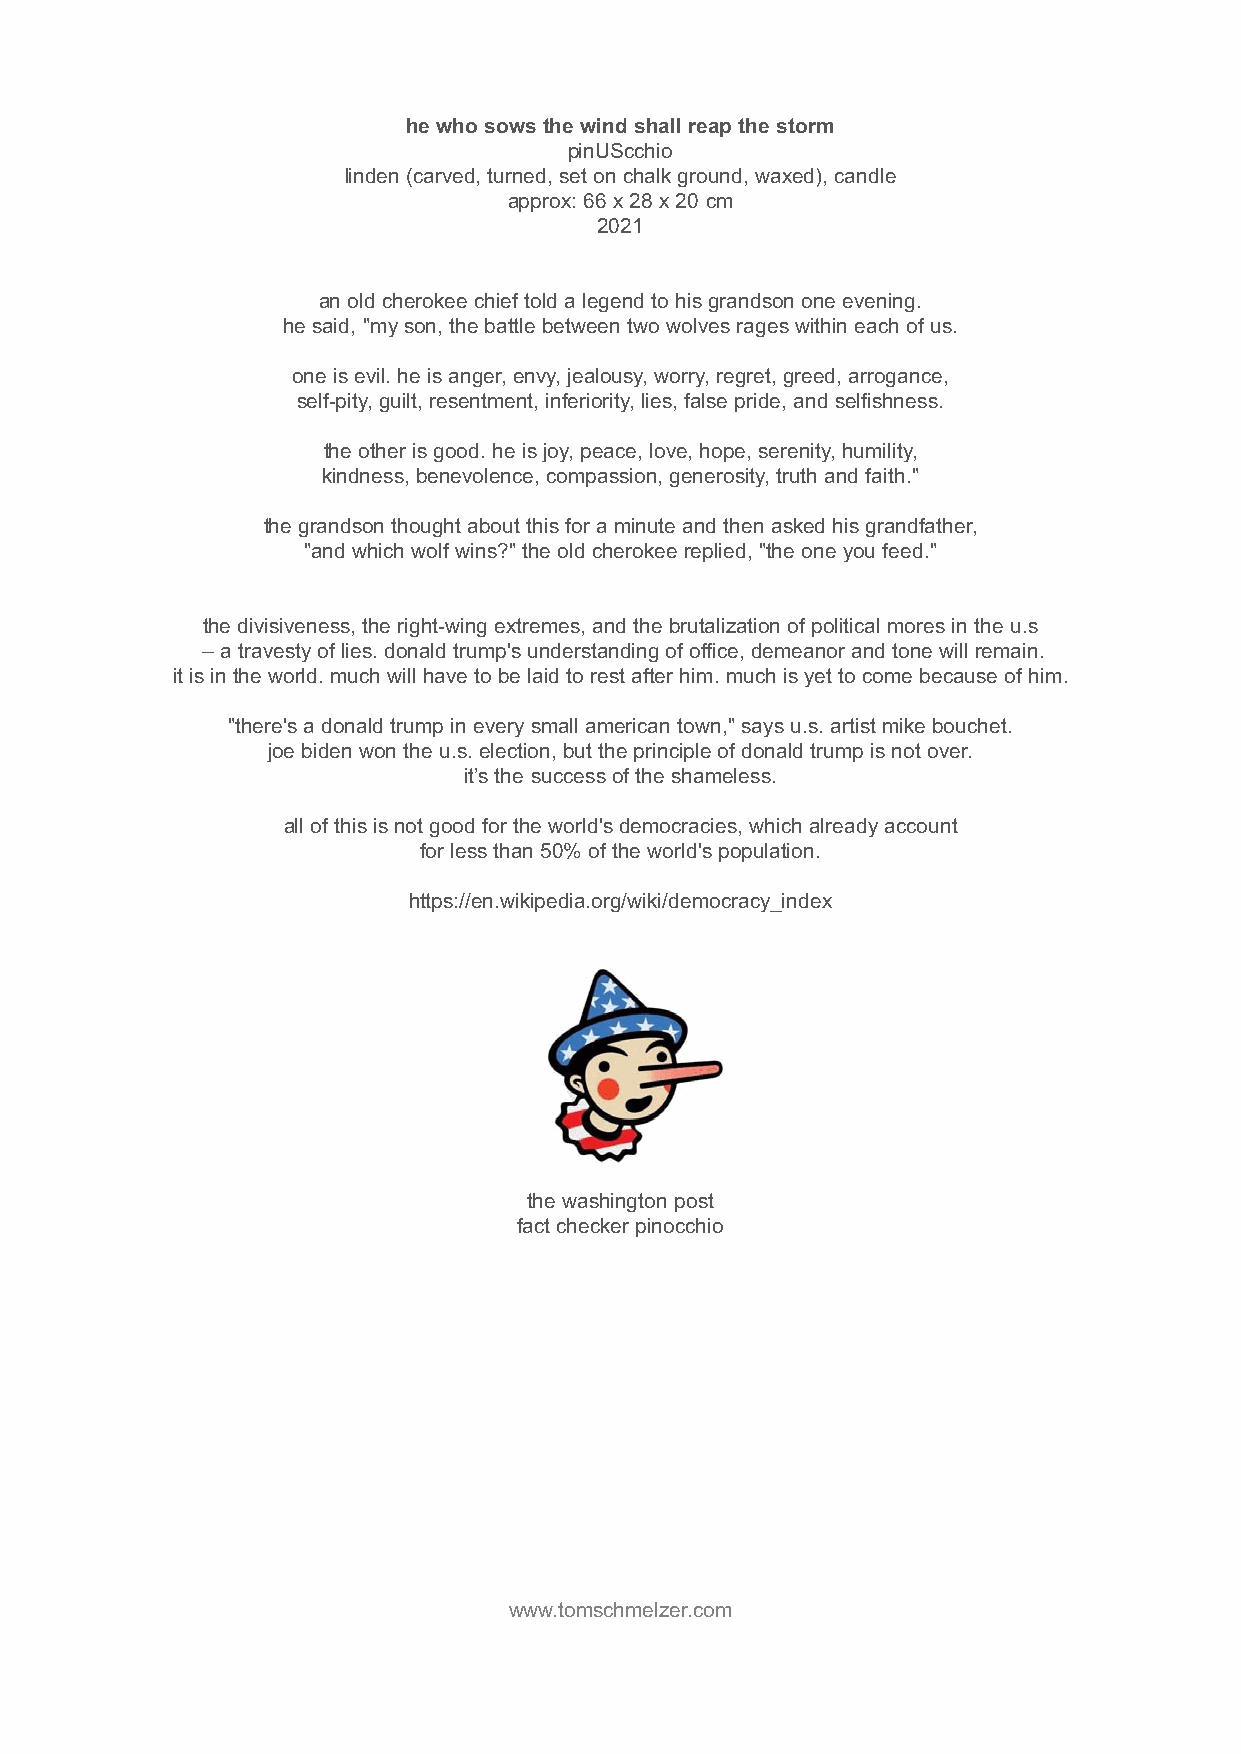
he who sows the wind shall reap the storm
 pinUScchio
 linden (carved, turned, set on chalk ground, waxed), candle
 approx: 66 x 28 x 20 cm
 2021
 an old cherokee chief told a legend to his grandson one evening.
 he said, "my son, the battle between two wolves rages within each of us.
 one is evil. he is anger, envy, jealousy, worry, regret, greed, arrogance,
 self-pity, guilt, resentment, inferiority, lies, false pride, and selfishness.
 the other is good. he is joy, peace, love, hope, serenity, humility,
 kindness, benevolence, compassion, generosity, truth and faith."
 the grandson thought about this for a minute and then asked his grandfather,
 "and which wolf wins?" the old cherokee replied, "the one you feed."
 the divisiveness, the right-wing extremes, and the brutalization of political mores in the u.s
 – a travesty of lies. donald trump's understanding of office, demeanor and tone will remain.
 it is in the world. much will have to be laid to rest after him. much is yet to come because of him.
 "there's a donald trump in every small american town," says u.s. artist mike bouchet.
 joe biden won the u.s. election, but the principle of donald trump is not over.
 it’s the success of the shameless.
 all of this is not good for the world's democracies, which already account
 for less than 50% of the world's population.
 https://en.wikipedia.org/wiki/democracy_index
 the washington post
 fact checker pinocchio
 www.tomschmelzer.com